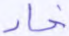
حاد